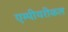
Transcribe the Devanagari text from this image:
एम्पीयरीकल